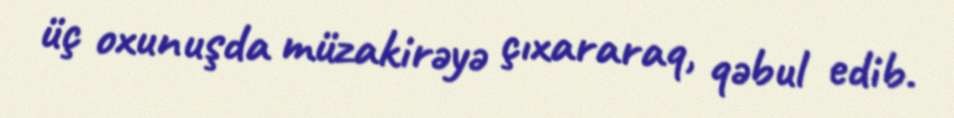
üç oxunuşda müzakirəyə çıxararaq, qəbul edib.